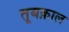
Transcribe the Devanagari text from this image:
तूबक़ाल